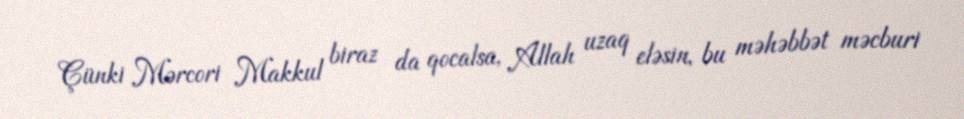
Çünki Mərcori Makkul biraz da qocalsa, Allah uzaq eləsin, bu məhəbbət məcburi